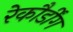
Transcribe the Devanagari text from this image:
रेकौर्डींग